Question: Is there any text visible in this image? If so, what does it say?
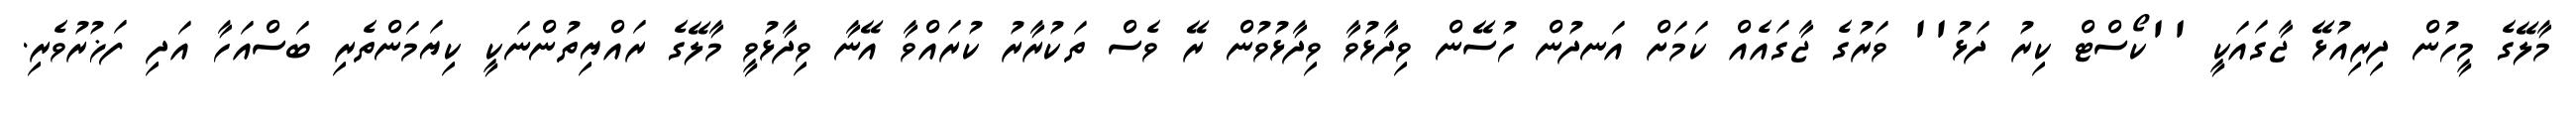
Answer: މާލޭގެ މީހުން ދިރިއުޅޭ ޖާގައަކީ ''ކޯސްޓް ކިރު ދަޅު'' ވަރުގެ ޖާގައެއް ކަމަށް އަނދުން ހުސޭން ވިދާޅުވާ ވިދާޅުވުން ރޭ ވެސް ތަކުރާރު ކުރައްވާ އޭނާ ވިދާޅުވީ މާލޭގެ ރައްޔިތުންނަކީ ކިޔަމަންތެރި ބަސްއަހާ އަދި ފަޚުރުވެރި.